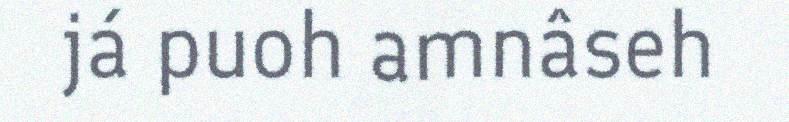
já puoh amnâseh